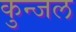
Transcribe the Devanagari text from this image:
कुन्जल